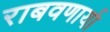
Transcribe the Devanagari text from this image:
राबवणार्या